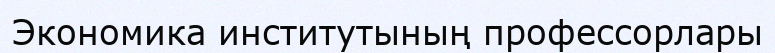
Экономика институтының профессорлары